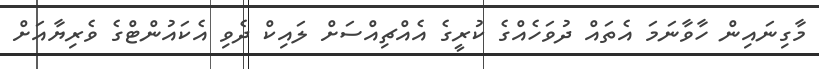
މާގިނައިން ހާވާނަމަ އެތައް ދުވަހެއްގެ ކުރީގެ އެއްޗިއްސަށް ލައިކް ދެވި އެކަައުންޓްގެ ވެރިޔާއަށް